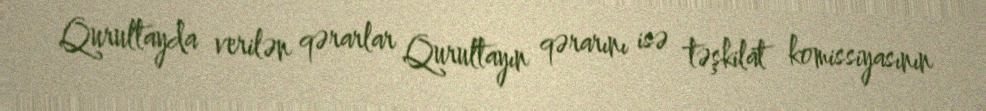
Qurultayda verilən qərarlar Qurultayın qərarını isə təşkilat komissiyasının